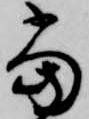
当